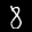
Label: 8